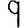
Digit: 9